Civil Veterinary Department. United Provinces 1912-22 - 1912-1922
Year: 1912
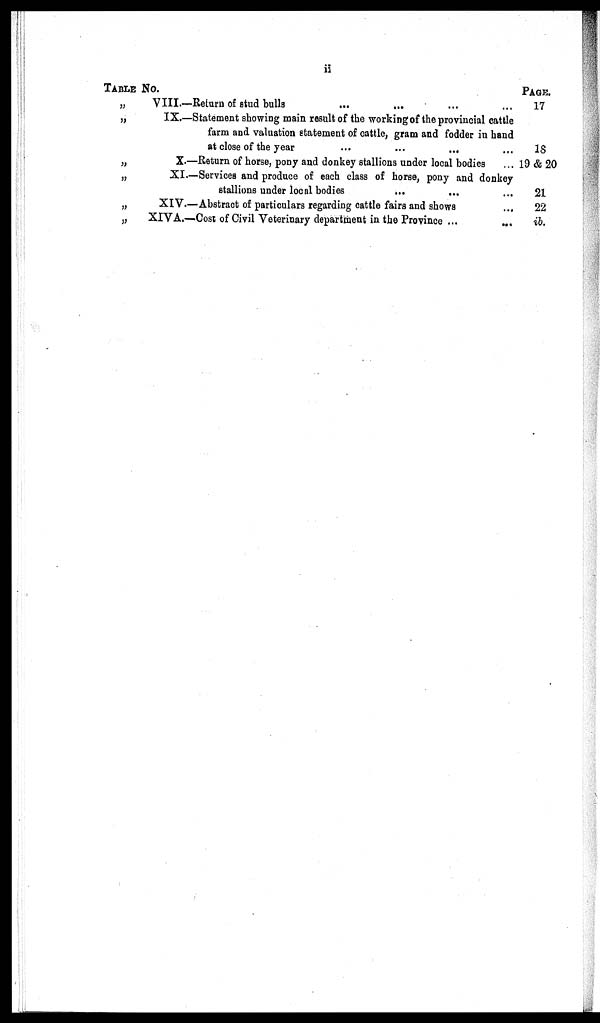
ii
TABLE No.
„
„
„
„
„
„
VIII.—Return of stud bulls ... ... ... ...
IX.—Statement showing main result of the working of the provincial cattle
farm and valuation statement of cattle, gram and fodder in hand
at close of the year ... ... ... ...
X.—Return of horse, pony and donkey stallions under local bodies ...
XI.—Services and produce of each class of horse, pony and donkey
stallions under local bodies ... ... ...
XIV.—Abstract of particulars regarding cattle fairs and shows ...
XIVA.—Cost of Civil Veterinary department in the Province ... ... ...
PAGE.
17
18
19 & 20
21
22
ib.